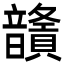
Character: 𩑅